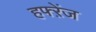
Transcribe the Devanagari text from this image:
हफ्ऱेंज